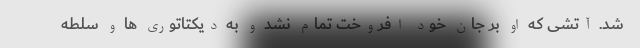
شد. آتشی که او بر جان خود افروخت تمام نشد و به دیکتاتوری ها و سلطه